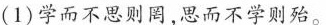
(1)学而不思则罔，思而不学则殆。